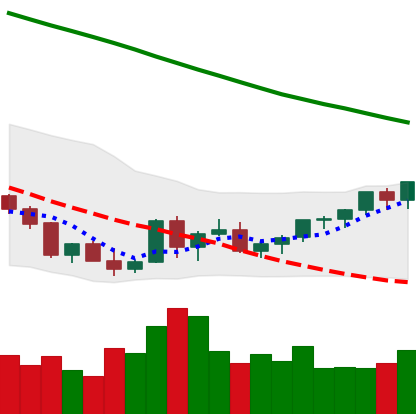
Ticker: XLM-USD
Chart end date: 2022-03-21
Forward return: 5.678%
Label: up_5_7